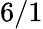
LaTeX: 6/1